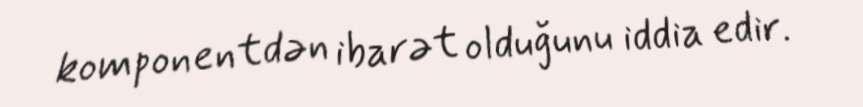
komponentdən ibarət olduğunu iddia edir.